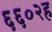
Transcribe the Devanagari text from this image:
६६०२ह